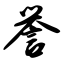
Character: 誉